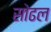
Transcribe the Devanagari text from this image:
सोढल